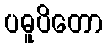
ပဓူပိတော